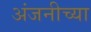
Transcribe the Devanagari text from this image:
अंजनीच्या